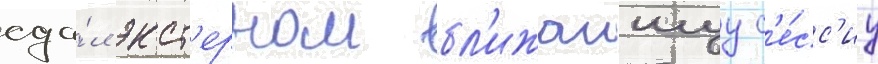
сда́л экст'ерном бл'ижаишуу с'е́сс'иу